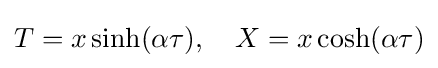
T=x\sinh(\alpha \tau ),\quad X=x\cosh(\alpha \tau )